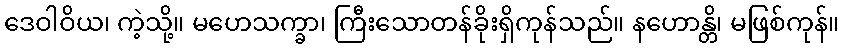
ဒေဝါဝိယ၊ ကဲ့သို့။ မဟေသက္ခာ၊ ကြီးသောတန်ခိုးရှိကုန်သည်။ နဟောန္တိ၊ မဖြစ်ကုန်။